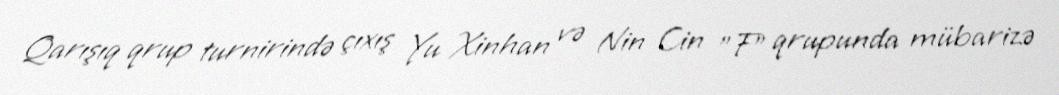
Qarışıq qrup turnirində çıxış Yu Xinhan və Nin Cin "F" qrupunda mübarizə